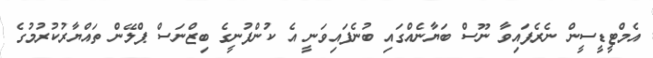
އެމްޓީޑީސީން ނެރެފައިވާ ނޫސް ބަޔާނެއްގައި ބުނެފައިވަނީ އެ ކުންފުނީގެ ބިޒްނަސް ޕްލޭން ތައްޔާރުކުރުމުގެ